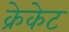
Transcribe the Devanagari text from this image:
क्रेकेट